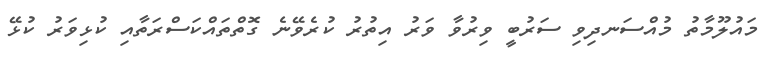
މައުލޫމާތު މުއްސަނދިވި ސަރުބީ ވިރުވާ ވަރު އިތުރު ކުރެވޭނެ ގޮތްތައްކަސްރަތާއި ކުޅިވަރު ކުޅޭ